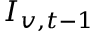
I _ { v , t - 1 }